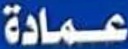
عمادة